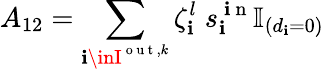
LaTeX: A_{12}=\sum_{\mathbf{i}\inI^{\mathrm{{~o~u~t~}},k}}\zeta_{\mathbf{i}}^{l}\; s_{\mathbf{i}}^{\mathrm{{~\mathbf{i}~n~}}}\mathbb{{I}}_{(d_{\mathbf{i}}=0)}